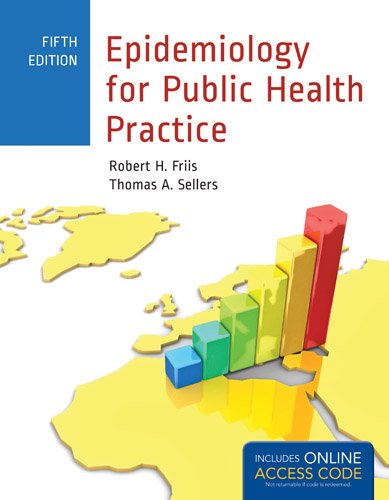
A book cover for Epidemiology For Public Health Practice (Friis, Epidemiology for Public Health Practice); Robert H. Friis; Medical Books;